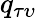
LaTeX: q_{\tau\upsilon}